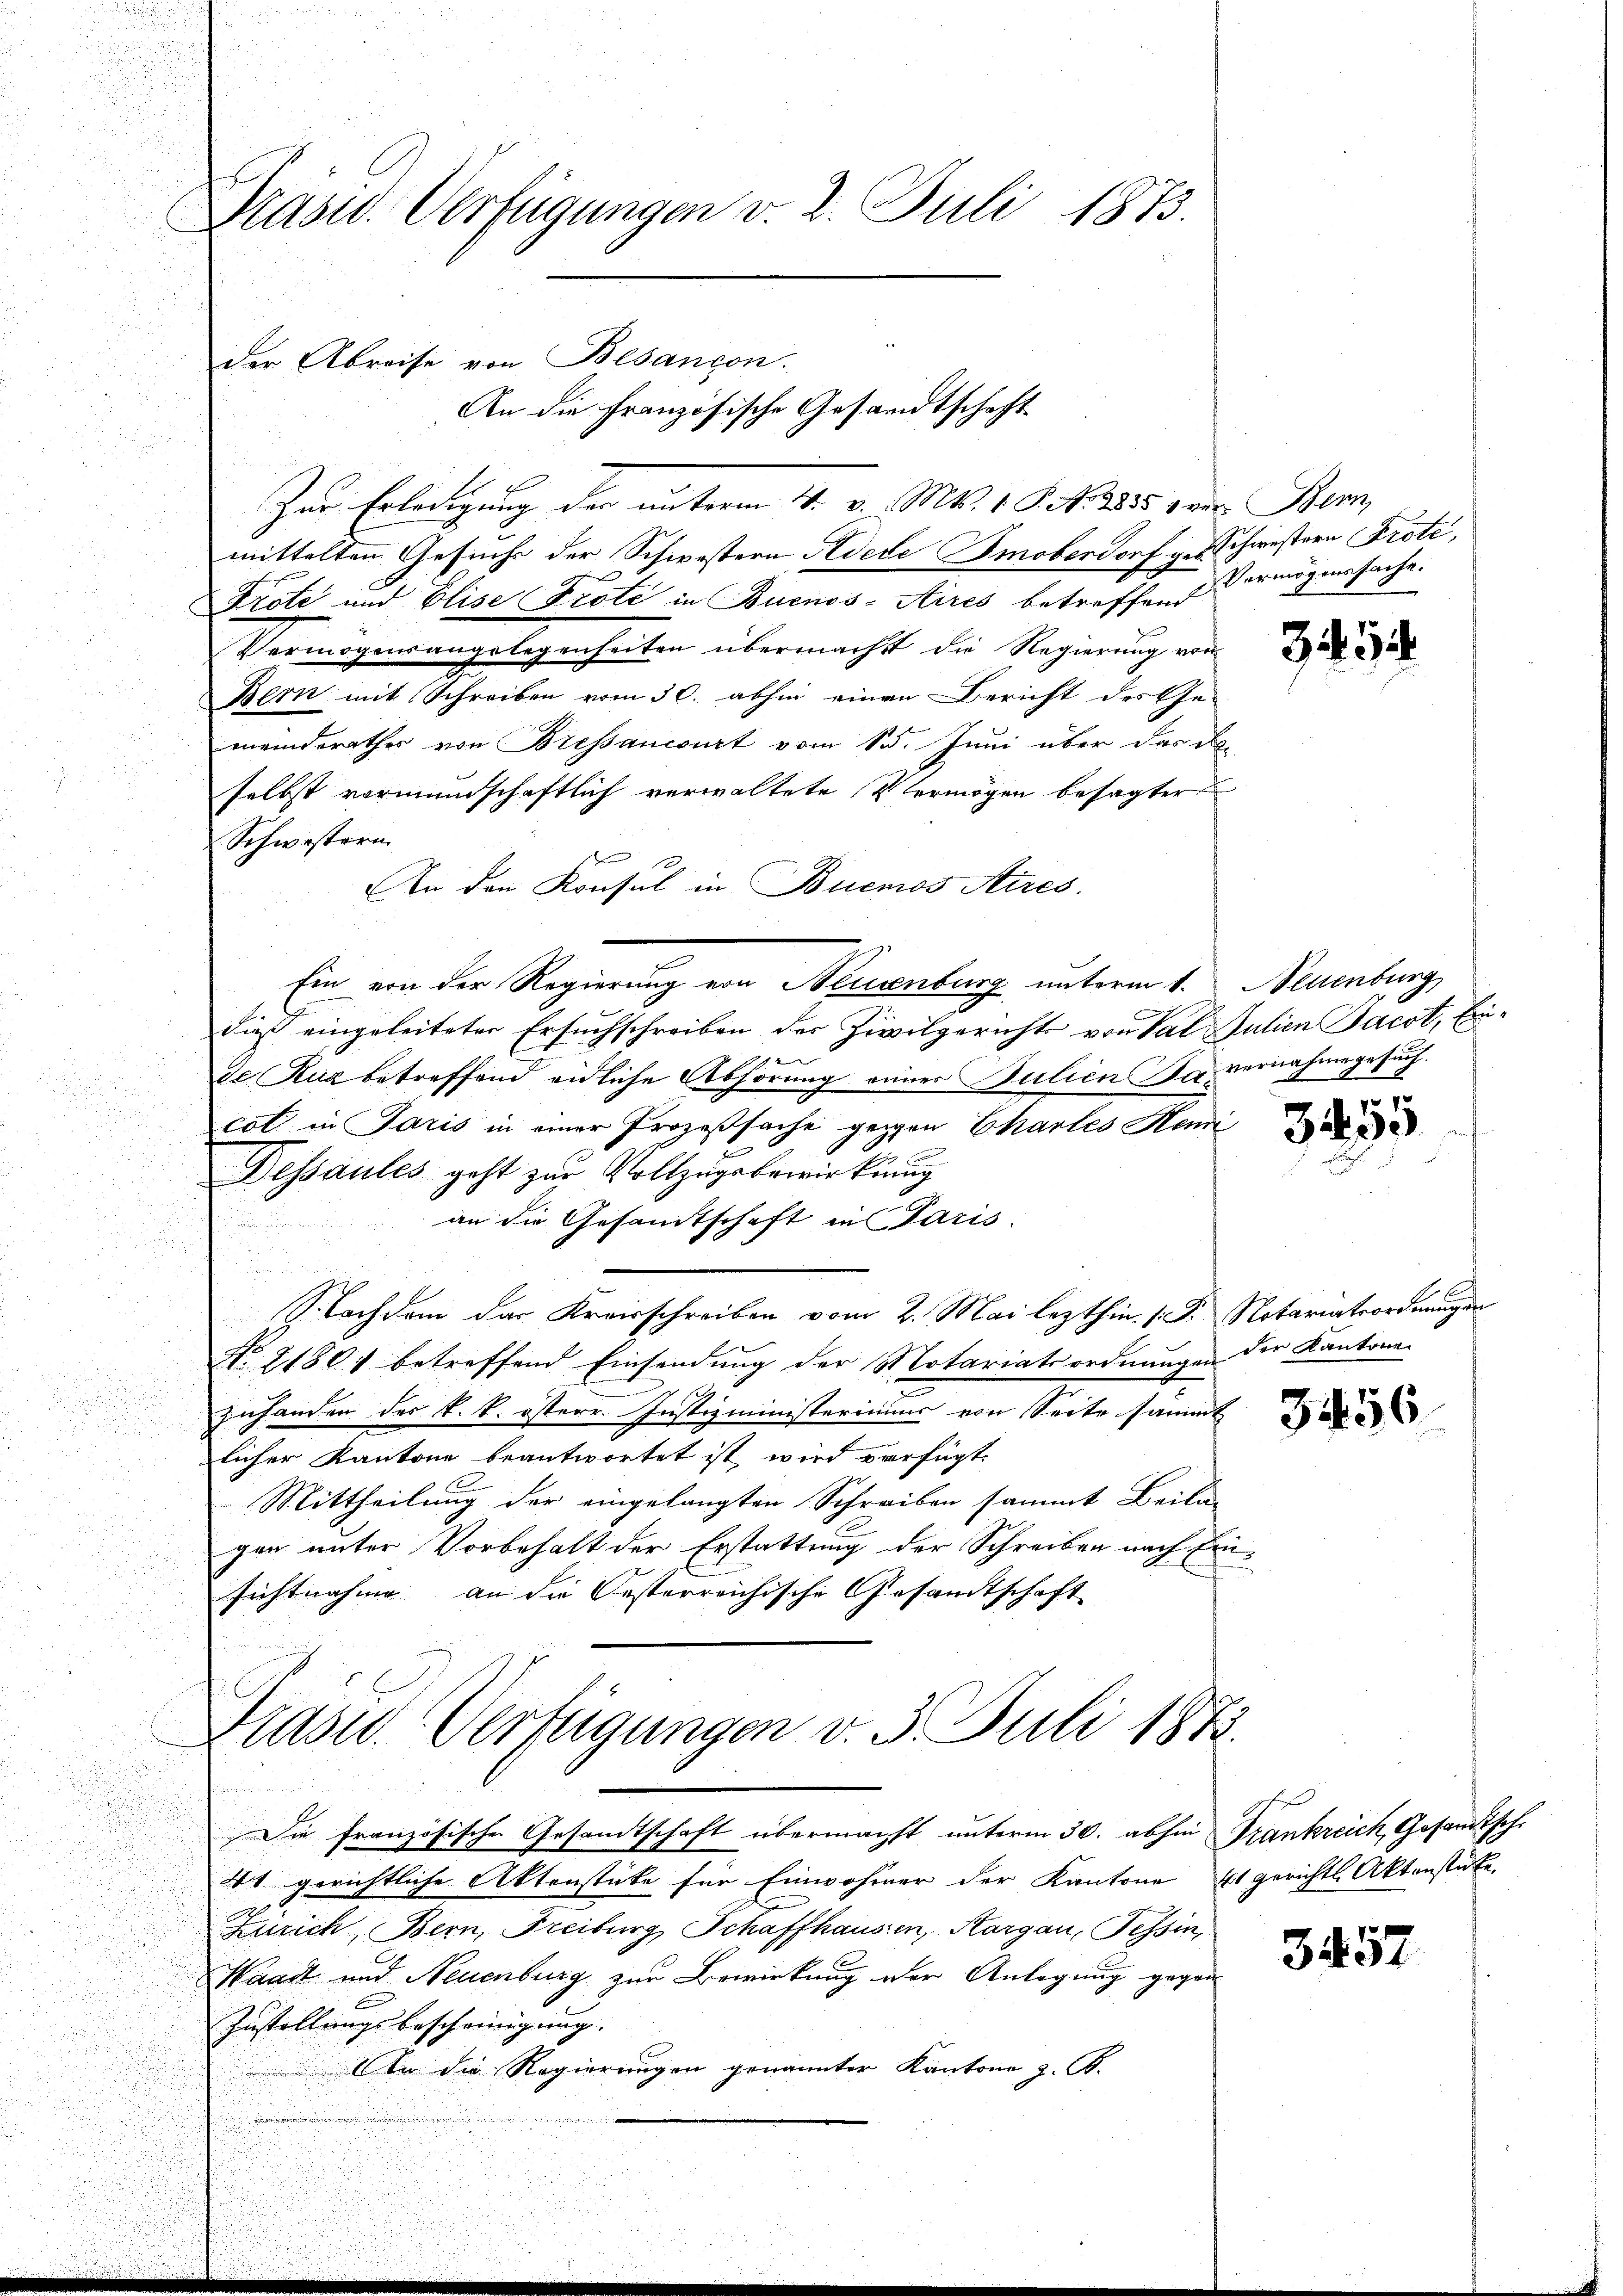
Präsid. Verfügungen v. 2. Juli 1873.

Zur Erledigung der unterm 4. v. Mts. 18. No. 3255 der Ber
mittelten Gesuche der Schwestern Niede moberdorf v. Schwestern Prote,
Prote und Elise Prote in Buenos-Aires betreffend
Vermögensangelegenheiten übermacht die Regierung von
Bern mit Schreiben vom 30. abhin einen Bericht des Ge-
meinderathes von Bressancourt vom 15. Juni über das deselbst vormundschaftlich verwaltete Vermögen besagter
Schwestern
An den Konsul in Buenos Aires.
Ein von der Regierung von Neuenburg unterm 1. Neuenburg
l
daß eingeleiteter Ersuchschreiben der Zivilgerichts von Val Julien Jacot, Einve. Kug betreffend eidliche Abhörung einer Bulien Bau vernahme gesuch¬
u
.
cot in Paris in einer Prozeßsache gegen Chartes Hemi

Dessaules geht zur Vollzugsbewirkung
an die Gesamtschaft in Paris.
u
Nachdem das Kreisschreiben vom 2. Mai lezthin. (T. Notariatsordnungen
No. 21801 betreffend Einsendung der Motariatsordnungen der Kantona-
zuhanden des k. k. österr. Justizministeriums von Seite sammt
licher Kantone beantwortet ist, wird verfügt.
Mittheilung der eingelangten Schreiben sammt Beila-
gen unter Vorbehalt der Erstattung der Schreiben nach Einsichtnahme an die Oesterreichische Gesandtschaft
Krasw.-Verfügungen v. 3. Juli 1873.
Die französische Gesandtschaft übermächt unterm 30. abhin Frankreich, Gesandtsch.
41 gerichtliche Aktenstücke für Einwohner der Kantone Es gerichtl. Aktenstate.
Zürich, Bern, Freiburg, Schaffhausen, Kargau, Tessin,
Waadt und Neuenburg zur Bewirkung der Anlagung gegen
Zustellungsbescheinigung. |
An die Regierungen genannter Kantone z. B.

E

der Abreise von Bisancon.

An die französische Gesandtschaft

Vermögenssache.

344

.

323.

3456

3452